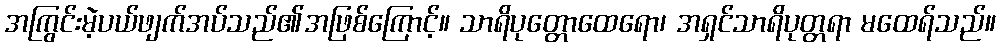
အကြွင်းမဲ့ပယ်ဖျက်အပ်သည်၏အဖြစ်ကြောင့်။ သာရိပုတ္တောထေရော၊ အရှင်သာရိပုတ္တရာ မထေရ်သည်။